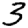
Digit: 3